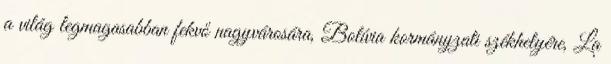
a világ legmagasabban fekvő nagyvárosára, Bolívia kormányzati székhelyére, La